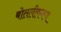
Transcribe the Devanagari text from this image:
बोतलीकरण